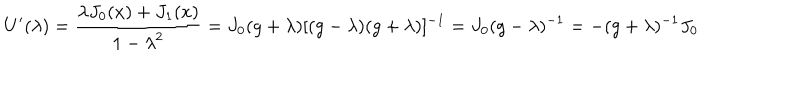
U ^ { \prime } ( \lambda ) = \frac { \lambda J _ { 0 } ( x ) + J _ { 1 } ( x ) } { 1 - { \lambda } ^ { 2 } } = J _ { 0 } ( g + \lambda ) [ ( g - \lambda ) ( g + \lambda ) ] ^ { - 1 } = J _ { 0 } ( g - \lambda ) ^ { - 1 } = - ( g + \lambda ) ^ { - 1 } J _ { 0 }